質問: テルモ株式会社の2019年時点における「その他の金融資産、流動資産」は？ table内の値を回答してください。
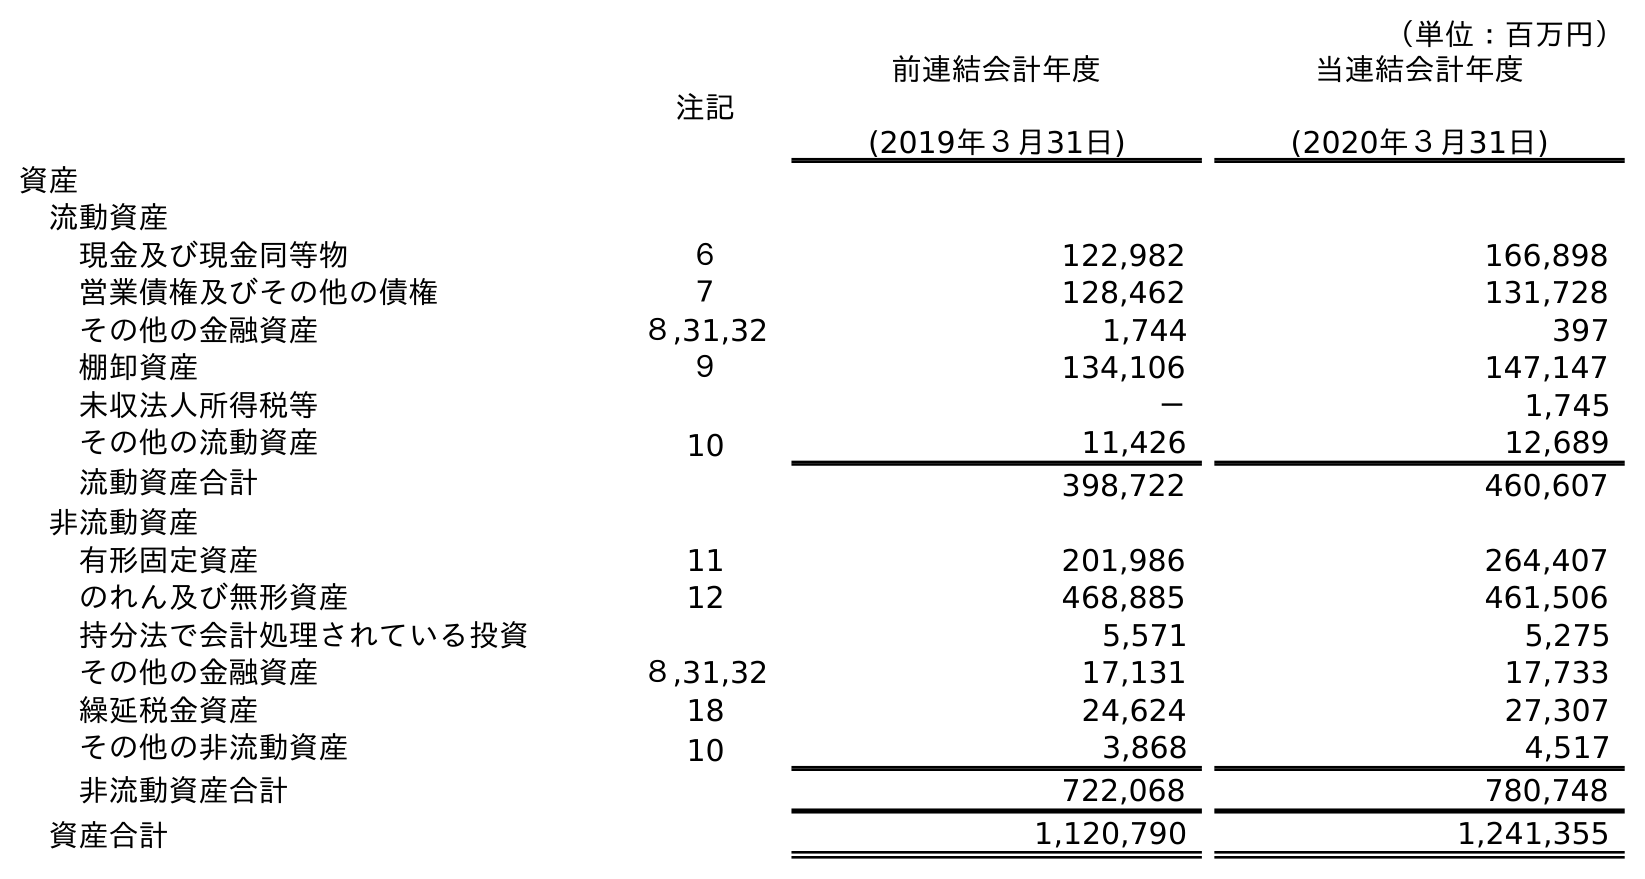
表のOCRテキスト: （単位：百万円） 注記 前連結会計年度 (2019年３月31日) 当連結会計年度 (2020年３月31日) 資産 流動資産 現金及び現金同等物 ６ 122,982 166,898 営業債権及びその他の債権 ７ 128,462 131,728 その他の金融資産 ８,31,32 1,744 397 棚卸資産 ９ 134,106 147,147 未収法人所得税等 － 1,745 その他の流動資産 10 11,426 12,689 流動資産合計 398,722 460,607 非流動資産 有形固定資産 11 201,986 264,407 のれん及び無形資産 12 468,885 461,506 持分法で会計処理されている投資 5,571 5,275 その他の金融資産 ８,31,32 17,131 17,733 繰延税金資産 18 24,624 27,307 その他の非流動資産 10 3,868 4,517 非流動資産合計 722,068 780,748 資産合計 1,120,790 1,241,355
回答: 1,744